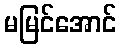
မမြင်အောင်